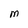
Character: M